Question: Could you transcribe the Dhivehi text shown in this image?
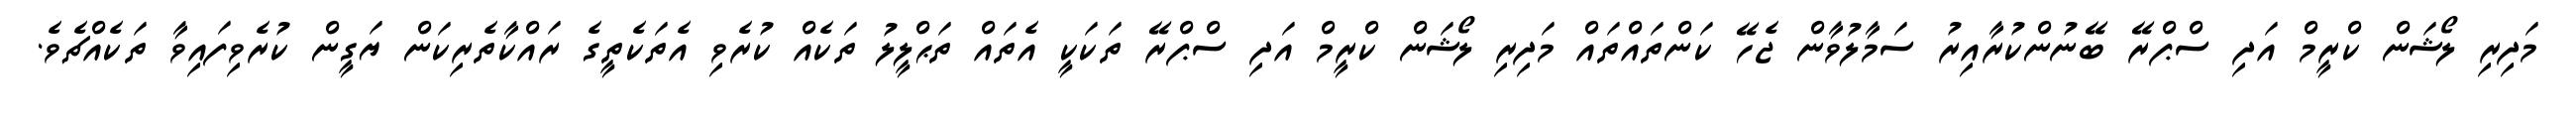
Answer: މަދިރި ލޯޝަން ކްރީމް އަދި ސްޕްރޭ ބޭނުންކުރާއިރު ސަމާލުވާން ޖެހޭ ކަންތައްތައް މަދިރި ލޯޝަން ކްރީމް އަދި ސްޕްރޭ ތަކަކީ އެތައް ތަޙްލީލު ތަކެއް ކުރެވި އެތަކެތީގެ ރައްކާތެރިކަން ޔަގީން ކުރެވިފައިވާ ތަކެއްޗެވެ.